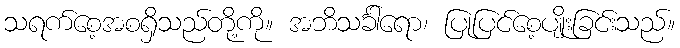
သရက်စေ့အစရှိသည်တို့ကို။ အဘိသင်္ခါရော၊ ပြုပြင်စေ့ပျိုးခြင်းသည်။